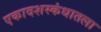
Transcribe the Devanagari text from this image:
एकादशस्‍कंधातला